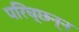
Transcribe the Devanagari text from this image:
परिच्छन्न